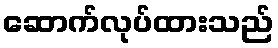
ဆောက်လုပ်ထားသည်